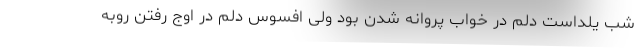
شب یلداست دلم در خواب پروانه شدن بود ولی افسوس دلم در اوج رفتن روبه